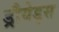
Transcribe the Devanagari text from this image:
ड्रौयेड्स